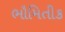
ભૌમિતીક